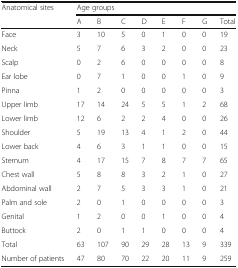
<table><thead><tr><td rowspan="2"><b>Anatomical sites</b></td><td colspan="8"><b>Age groups</b></td></tr><tr><td><b>A</b></td><td><b>B</b></td><td><b>C</b></td><td><b>D</b></td><td><b>E</b></td><td><b>F</b></td><td><b>G</b></td><td><b>Total</b></td></tr></thead><tbody><tr><td>Face</td><td>3</td><td>10</td><td>5</td><td>0</td><td>1</td><td>0</td><td>0</td><td>19</td></tr><tr><td>Neck</td><td>5</td><td>7</td><td>6</td><td>3</td><td>2</td><td>0</td><td>0</td><td>23</td></tr><tr><td>Scalp</td><td>0</td><td>2</td><td>6</td><td>0</td><td>0</td><td>0</td><td>0</td><td>8</td></tr><tr><td>Ear lobe</td><td>0</td><td>7</td><td>1</td><td>0</td><td>0</td><td>1</td><td>0</td><td>9</td></tr><tr><td>Pinna</td><td>1</td><td>2</td><td>0</td><td>0</td><td>0</td><td>0</td><td>0</td><td>3</td></tr><tr><td>Upper limb</td><td>17</td><td>14</td><td>24</td><td>5</td><td>5</td><td>1</td><td>2</td><td>68</td></tr><tr><td>Lower limb</td><td>12</td><td>6</td><td>2</td><td>2</td><td>4</td><td>0</td><td>0</td><td>26</td></tr><tr><td>Shoulder</td><td>5</td><td>19</td><td>13</td><td>4</td><td>1</td><td>2</td><td>0</td><td>44</td></tr><tr><td>Lower back</td><td>4</td><td>6</td><td>3</td><td>1</td><td>1</td><td>0</td><td>0</td><td>15</td></tr><tr><td>Sternum</td><td>4</td><td>17</td><td>15</td><td>7</td><td>8</td><td>7</td><td>7</td><td>65</td></tr><tr><td>Chest wall</td><td>5</td><td>8</td><td>8</td><td>3</td><td>2</td><td>1</td><td>0</td><td>27</td></tr><tr><td>Abdominal wall</td><td>2</td><td>7</td><td>5</td><td>3</td><td>3</td><td>1</td><td>0</td><td>21</td></tr><tr><td>Palm and sole</td><td>2</td><td>0</td><td>1</td><td>0</td><td>0</td><td>0</td><td>0</td><td>3</td></tr><tr><td>Genital</td><td>1</td><td>2</td><td>0</td><td>0</td><td>1</td><td>0</td><td>0</td><td>4</td></tr><tr><td>Buttock</td><td>2</td><td>0</td><td>1</td><td>1</td><td>0</td><td>0</td><td>0</td><td>4</td></tr><tr><td>Total</td><td>63</td><td>107</td><td>90</td><td>29</td><td>28</td><td>13</td><td>9</td><td>339</td></tr><tr><td>Number of patients</td><td>47</td><td>80</td><td>70</td><td>22</td><td>20</td><td>11</td><td>9</td><td>259</td></tr></tbody></table>